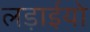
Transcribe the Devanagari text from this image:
लड़ाईयो